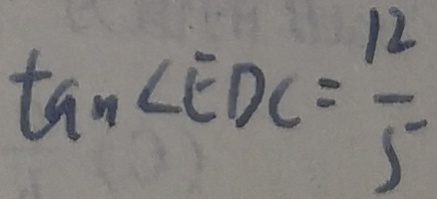
\tan \angle E D C = \frac { 1 2 } { 5 }